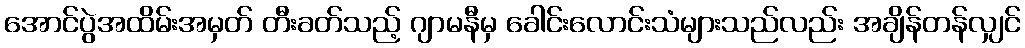
အောင်ပွဲအထိမ်းအမှတ် တီးခတ်သည့် ဂျာမနီမှ ခေါင်းလောင်းသံများသည်လည်း အချိန်တန်လျှင်